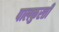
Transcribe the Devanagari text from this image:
पालकुरती